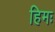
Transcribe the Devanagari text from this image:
हिमः